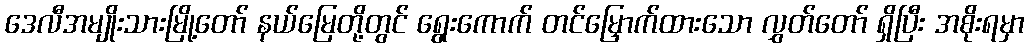
ဒေလီအမျိုးသားမြို့တော် နယ်မြေတို့တွင် ရွေးကောက် တင်မြှောက်ထားသော လွှတ်တော် ရှိပြီး အစိုးရမှာ